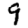
Digit: 9